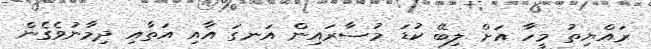
ރައްޔިތު މީހާ އަށް ލިބޭ ކުޑަ މުސާރައިން އަނގަ އާއި އަތާއި ދިމާނުވެގެން